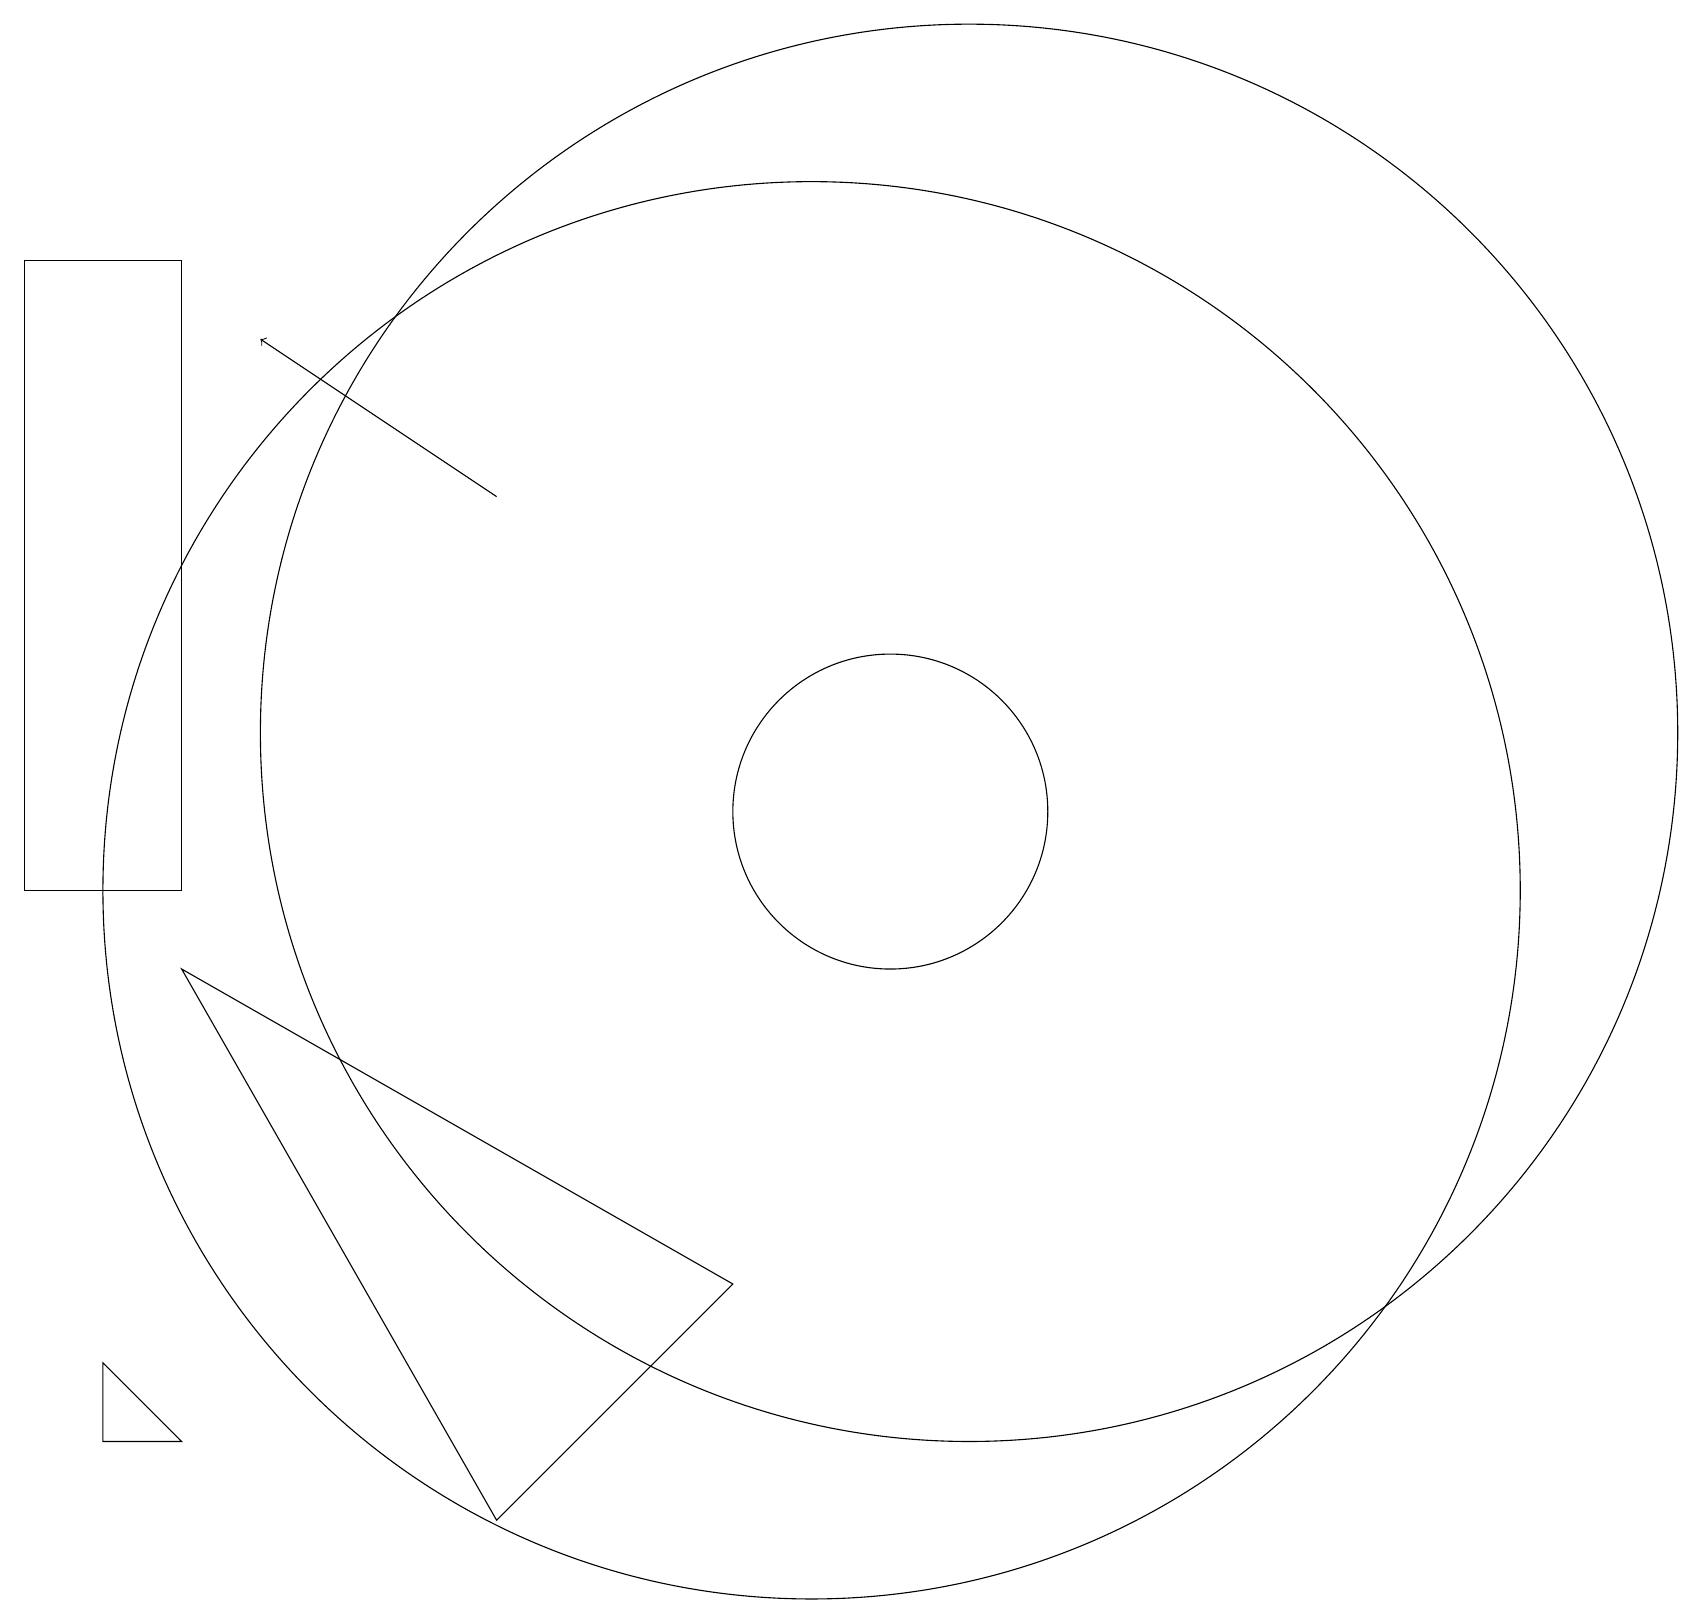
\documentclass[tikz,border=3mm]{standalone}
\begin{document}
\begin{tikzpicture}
\draw (10,10) circle (9);
\draw (9,5) -- (6,2) -- (2,9) -- cycle;
\draw (12,10) circle (0);
\draw (11,11) circle (2);
\draw (1,4) -- (1,3) -- (2,3) -- cycle;
\draw[->] (6,15) -- (3,17);
\draw (12,12) circle (9);
\draw (0,18) rectangle (2,10);
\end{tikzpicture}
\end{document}